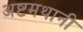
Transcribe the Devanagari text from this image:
अष्टमथानी